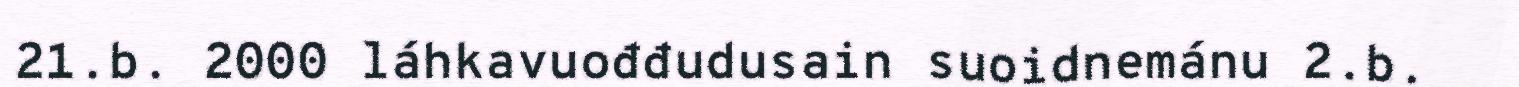
21.b. 2000 láhkavuođđudusain suoidnemánu 2.b.